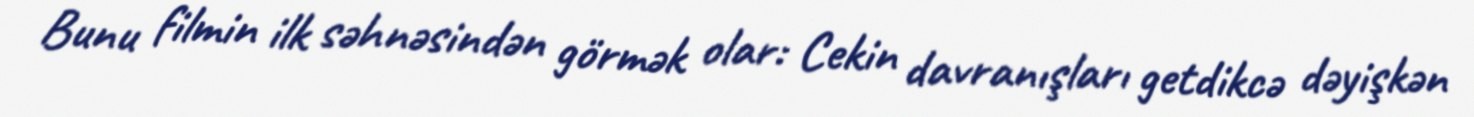
Bunu filmin ilk səhnəsindən görmək olar: Cekin davranışları getdikcə dəyişkən